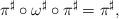
LaTeX: \begin{align*} \pi^{\sharp} \circ \omega^{\sharp} \circ \pi^{\sharp}=\pi^{\sharp},\end{align*}